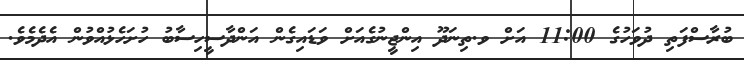
ބުރާސްފަތި ދުވަހުގެ 11:00 އަށް ވ.ތިނަދޫ އިންޖީނުގެއަށް ވަޑައިގެން އަންދާސީހިސާބު ހުށަހެޅުއްވުން އެދެމެވެ.